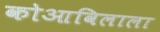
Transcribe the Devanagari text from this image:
कोआविलाला